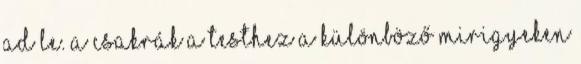
ad le. A csakrák a testhez a különböző mirigyeken